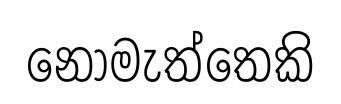
නොමැත්තෙකි